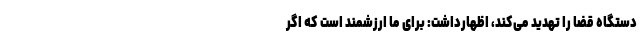
دستگاه قضا را تهدید می‌کند، اظهارداشت: برای ما ارزشمند است که اگر